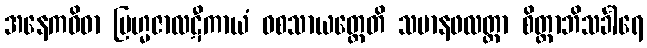
အနေကဝိဓာ ဗြဟ္မဇာလဋီကာယံ ဝစသာယတ္ထေတိ သမာနဖလတ္တာ စိတ္တာဘိသင်္ခါရေ